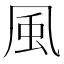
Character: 風